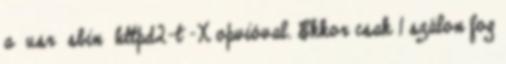
a usr sbin httpd2-t -X opvióval. Ekkor csak 1 szálon fog